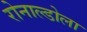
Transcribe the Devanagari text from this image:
रोनाल्डोला